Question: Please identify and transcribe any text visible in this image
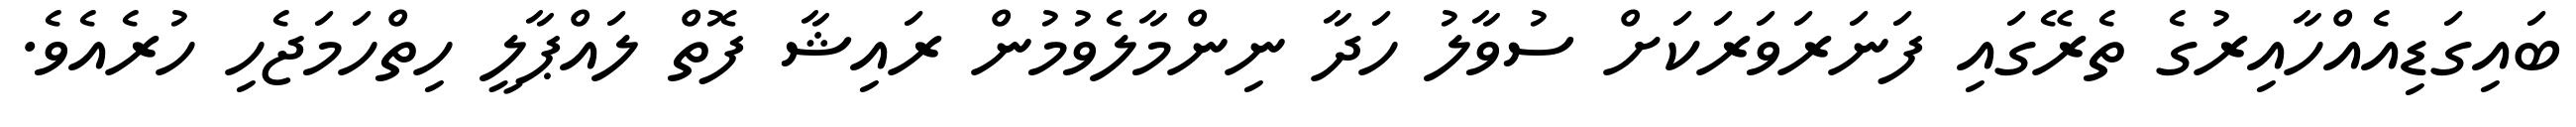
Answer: ބައިގަޑިއެއްހާއިރުގެ ތެރޭގައި ފަނަރަވަރަކަށް ސުވާލު ހަދާ ނިންމާލެވުމުން ރައިޝާ ފޮތް ލައްޕާލީ ހިތްހަމަޖެހި ހުރެއެވެ.